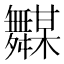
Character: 𱼵